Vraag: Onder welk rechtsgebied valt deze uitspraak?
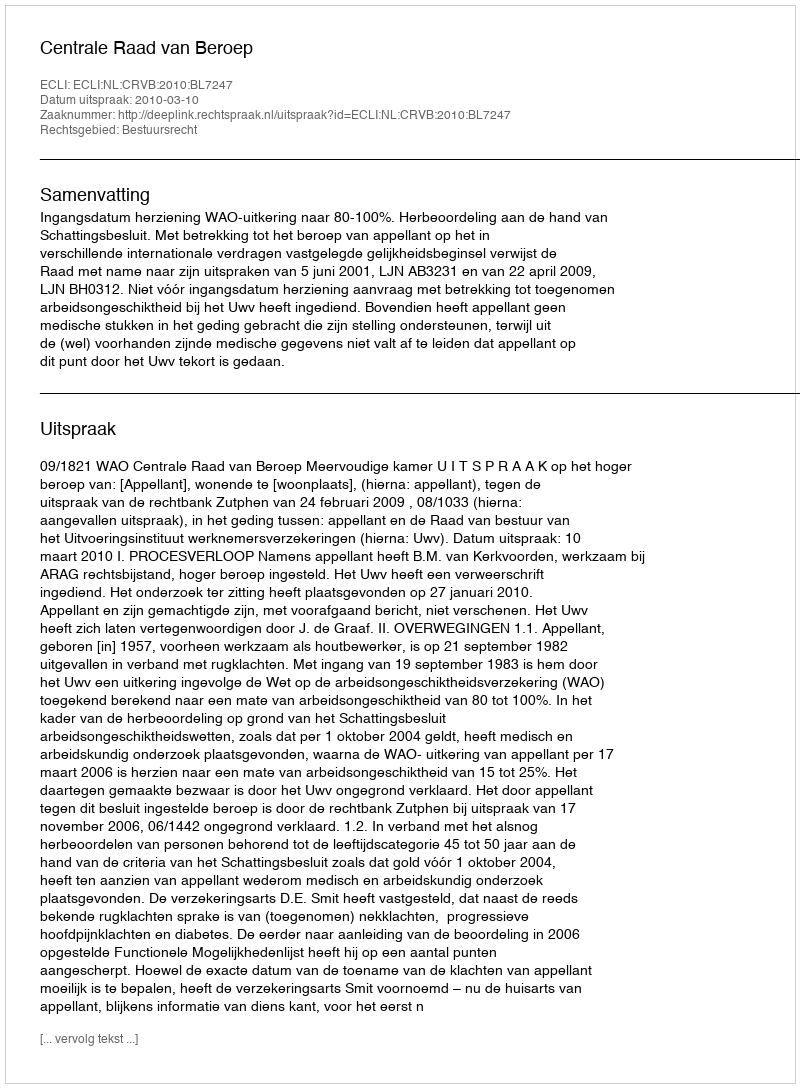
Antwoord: Bestuursrecht